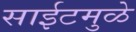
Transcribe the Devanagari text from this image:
साईटमुळे